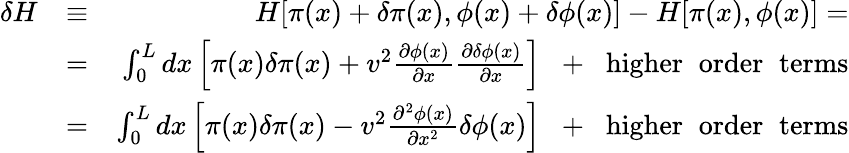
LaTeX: \begin{array}{rlr}{\delta H}&{\equiv}&{H[\pi(x)+\delta\pi(x),\phi(x)+\delta\phi(x)]-H[\pi(x),\phi(x)]=}\\ &{=}&{\int_{0}^{L}dx\left[\pi(x)\delta\pi(x)+v^{2}\frac{\partial\phi(x)}{\partial x}\frac{\partial\delta\phi(x)}{\partial x}\right]\; \; +\; \; \mathrm{higher\; \; order\; \; terms}}\\ &{=}&{\int_{0}^{L}dx\left[\pi(x)\delta\pi(x)-v^{2}\frac{\partial^{2}\phi(x)}{\partial x^{2}}\delta\phi(x)\right]\; \; +\; \; \mathrm{higher\; \; order\; \; terms}}\end{array}